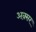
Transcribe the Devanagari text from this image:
अक़्सर